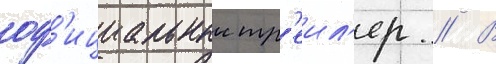
оф'ициальныи тр'еил'ер // В